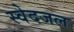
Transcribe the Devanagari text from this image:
स्वेदजल